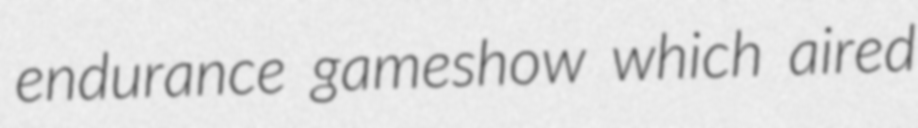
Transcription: endurance gameshow which aired